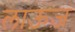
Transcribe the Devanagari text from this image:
लाऊंज़